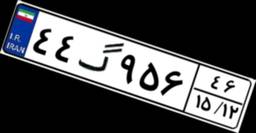
۴۴گ۹۵۶۴۶